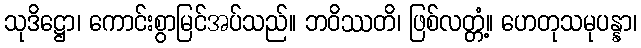
သုဒိဋ္ဌော၊ ကောင်းစွာမြင်အပ်သည်။ ဘဝိဿတိ၊ ဖြစ်လတ္တံ့။ ဟေတုသမုပန္နာ၊